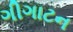
ગીગાટન